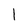
Character: 1